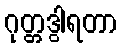
ဂုတ္တဒွါရတာ